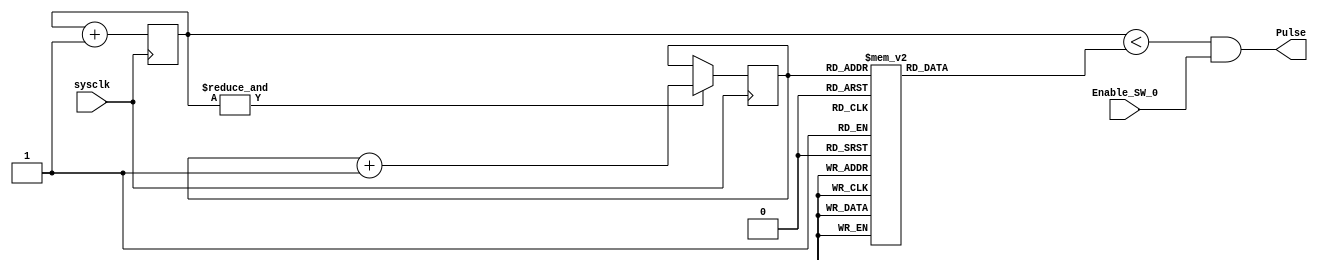
module Circle_X(input wire sysclk,
input wire Enable_SW_0,
output wire Pulse);

reg [5:0] count = 0;
reg [5:0] DC_Index = 0;
reg [5:0] Duty_Cycle = 0;
//reg [5:0] Index_Count = 0;	

assign Pulse = (count < Duty_Cycle)& Enable_SW_0;

always @(posedge sysclk)begin
	count<=count+1'b1;
	if (&count==1) begin 
		DC_Index<=DC_Index+1'b1;
		/*if (DC_Index ==  (Scale - 6'b1)) begin
			Index_Count <= Index_Count + 1'b1;
			DC_Index <=1'b0;
		end*/
	end
end
	
always @ (*)begin
	case (DC_Index)//Duty_Cycle Lookup Table
        6'd0: Duty_Cycle = 6'd0;
        6'd1: Duty_Cycle = 6'd0;
        6'd2: Duty_Cycle = 6'd1;
        6'd3: Duty_Cycle = 6'd1;
        6'd4: Duty_Cycle = 6'd3;
        6'd5: Duty_Cycle = 6'd4;
        6'd6: Duty_Cycle = 6'd6;
        6'd7: Duty_Cycle = 6'd8;
        6'd8: Duty_Cycle = 6'd10;
        6'd9: Duty_Cycle = 6'd12;
        6'd10: Duty_Cycle = 6'd15;
        6'd11: Duty_Cycle = 6'd18;
        6'd12: Duty_Cycle = 6'd21;
        6'd13: Duty_Cycle = 6'd24;
        6'd14: Duty_Cycle = 6'd27;
        6'd15: Duty_Cycle = 6'd30;
        6'd16: Duty_Cycle = 6'd33;
        6'd17: Duty_Cycle = 6'd36;
        6'd18: Duty_Cycle = 6'd39;
        6'd19: Duty_Cycle = 6'd42;
        6'd20: Duty_Cycle = 6'd45;
        6'd21: Duty_Cycle = 6'd48;
        6'd22: Duty_Cycle = 6'd51;
        6'd23: Duty_Cycle = 6'd53;
        6'd24: Duty_Cycle = 6'd55;
        6'd25: Duty_Cycle = 6'd57;
        6'd26: Duty_Cycle = 6'd59;
        6'd27: Duty_Cycle = 6'd60;
        6'd28: Duty_Cycle = 6'd62;
        6'd29: Duty_Cycle = 6'd62;
        6'd30: Duty_Cycle = 7'd63;
        6'd31: Duty_Cycle = 7'd63;
        6'd32: Duty_Cycle = 7'd63;
        6'd33: Duty_Cycle = 7'd63;
        6'd34: Duty_Cycle = 6'd62;
        6'd35: Duty_Cycle = 6'd62;
        6'd36: Duty_Cycle = 6'd60;
        6'd37: Duty_Cycle = 6'd59;
        6'd38: Duty_Cycle = 6'd57;
        6'd39: Duty_Cycle = 6'd55;
        6'd40: Duty_Cycle = 6'd53;
        6'd41: Duty_Cycle = 6'd51;
        6'd42: Duty_Cycle = 6'd48;
        6'd43: Duty_Cycle = 6'd45;
        6'd44: Duty_Cycle = 6'd42;
        6'd45: Duty_Cycle = 6'd39;
        6'd46: Duty_Cycle = 6'd36;
        6'd47: Duty_Cycle = 6'd33;
        6'd48: Duty_Cycle = 6'd30;
        6'd49: Duty_Cycle = 6'd27;
        6'd50: Duty_Cycle = 6'd24;
        6'd51: Duty_Cycle = 6'd21;
        6'd52: Duty_Cycle = 6'd18;
        6'd53: Duty_Cycle = 6'd15;
        6'd54: Duty_Cycle = 6'd12;
        6'd55: Duty_Cycle = 6'd10;
        6'd56: Duty_Cycle = 6'd8;
        6'd57: Duty_Cycle = 6'd6;
        6'd58: Duty_Cycle = 6'd4;
        6'd59: Duty_Cycle = 6'd3;
        6'd60: Duty_Cycle = 6'd1;
        6'd61: Duty_Cycle = 6'd1;
        6'd62: Duty_Cycle = 6'd0;
		  6'd63: Duty_Cycle = 6'd0;
	endcase
	end
endmodule